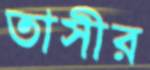
তাসীর